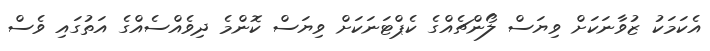
އެކަމަކު ޒުވާނަކަށް ވިޔަސް ލޯންޗެއްގެ ކެޕްޓަނަކަށް ވިޔަސް ކޮންމެ ދިވެއްސެއްގެ އަތުގައި ވެސް